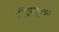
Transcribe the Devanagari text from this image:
सेंद्रियदृष्ट्या